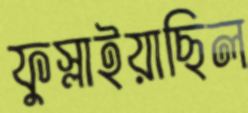
ফুস্‌লাইয়াছিল